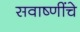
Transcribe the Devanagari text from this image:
सवाष्णींचे